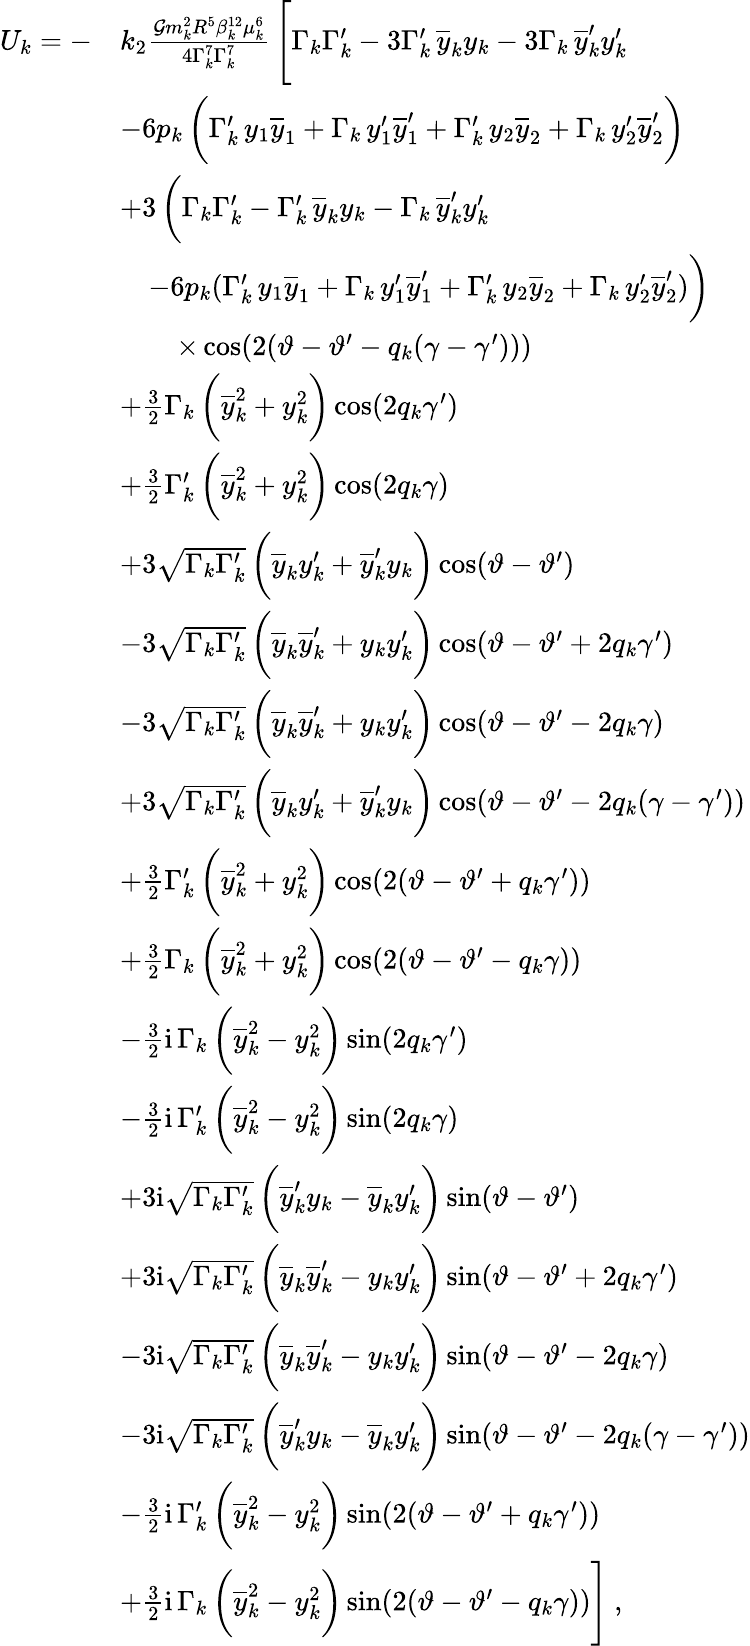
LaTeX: \begin{array}{rl}{U_{k}=-}&{k_{2}\frac{\mathcal{G}m_{k}^{2}R^{5}\beta_{k}^{12}\mu_{k}^{6}}{4\Gamma_{k}^{7}\Gamma_{k}^{7}}\, \Bigg[\Gamma_{k}\Gamma_{k}^{\prime}-3\Gamma_{k}^{\prime}\, \overline{{y}}_{k}y_{k}-3\Gamma_{k}\, \overline{{y}}_{k}^{\prime}y_{k}^{\prime}}\\ &{-6p_{k}\, \bigg(\Gamma_{k}^{\prime}\, y_{1}\overline{{y}}_{1}+\Gamma_{k}\, y_{1}^{\prime}\overline{{y}}_{1}^{\prime}+\Gamma_{k}^{\prime}\, y_{2}\overline{{y}}_{2}+\Gamma_{k}\, y_{2}^{\prime}\overline{{y}}_{2}^{\prime}\bigg)}\\ &{+3\, \bigg(\Gamma_{k}\Gamma_{k}^{\prime}-\Gamma_{k}^{\prime}\, \overline{{y}}_{k}y_{k}-\Gamma_{k}\, \overline{{y}}_{k}^{\prime}y_{k}^{\prime}}\\ &{\quad-6p_{k}(\Gamma_{k}^{\prime}\, y_{1}\overline{{y}}_{1}+\Gamma_{k}\, y_{1}^{\prime}\overline{{y}}_{1}^{\prime}+\Gamma_{k}^{\prime}\, y_{2}\overline{{y}}_{2}+\Gamma_{k}\, y_{2}^{\prime}\overline{{y}}_{2}^{\prime})\bigg)}\\ &{\quad\quad\times\cos(2(\vartheta-\vartheta^{\prime}-q_{k}(\gamma-\gamma^{\prime})))}\\ &{+\frac{3}{2}\Gamma_{k}\, \bigg(\overline{{y}}_{k}^{2}+y_{k}^{2}\bigg)\cos(2q_{k}\gamma^{\prime})}\\ &{+\frac{3}{2}\Gamma_{k}^{\prime}\, \bigg(\overline{{y}}_{k}^{2}+y_{k}^{2}\bigg)\cos(2q_{k}\gamma)}\\ &{+3\sqrt{\Gamma_{k}\Gamma_{k}^{\prime}}\, \bigg(\overline{{y}}_{k}y_{k}^{\prime}+\overline{{y}}_{k}^{\prime}y_{k}\bigg)\cos(\vartheta-\vartheta^{\prime})}\\ &{-3\sqrt{\Gamma_{k}\Gamma_{k}^{\prime}}\, \bigg(\overline{{y}}_{k}\overline{{y}}_{k}^{\prime}+y_{k}y_{k}^{\prime}\bigg)\cos(\vartheta-\vartheta^{\prime}+2q_{k}\gamma^{\prime})}\\ &{-3\sqrt{\Gamma_{k}\Gamma_{k}^{\prime}}\, \bigg(\overline{{y}}_{k}\overline{{y}}_{k}^{\prime}+y_{k}y_{k}^{\prime}\bigg)\cos(\vartheta-\vartheta^{\prime}-2q_{k}\gamma)}\\ &{+3\sqrt{\Gamma_{k}\Gamma_{k}^{\prime}}\, \bigg(\overline{{y}}_{k}y_{k}^{\prime}+\overline{{y}}_{k}^{\prime}y_{k}\bigg)\cos(\vartheta-\vartheta^{\prime}-2q_{k}(\gamma-\gamma^{\prime}))}\\ &{+\frac{3}{2}\Gamma_{k}^{\prime}\, \bigg(\overline{{y}}_{k}^{2}+y_{k}^{2}\bigg)\cos(2(\vartheta-\vartheta^{\prime}+q_{k}\gamma^{\prime}))}\\ &{+\frac{3}{2}\Gamma_{k}\, \bigg(\overline{{y}}_{k}^{2}+y_{k}^{2}\bigg)\cos(2(\vartheta-\vartheta^{\prime}-q_{k}\gamma))}\\ &{-\frac{3}{2}\mathrm{i}\, \Gamma_{k}\, \bigg(\overline{{y}}_{k}^{2}-y_{k}^{2}\bigg)\sin(2q_{k}\gamma^{\prime})}\\ &{-\frac{3}{2}\mathrm{i}\, \Gamma_{k}^{\prime}\, \bigg(\overline{{y}}_{k}^{2}-y_{k}^{2}\bigg)\sin(2q_{k}\gamma)}\\ &{+3\mathrm{i}\sqrt{\Gamma_{k}\Gamma_{k}^{\prime}}\, \bigg(\overline{{y}}_{k}^{\prime}y_{k}-\overline{{y}}_{k}y_{k}^{\prime}\bigg)\sin(\vartheta-\vartheta^{\prime})}\\ &{+3\mathrm{i}\sqrt{\Gamma_{k}\Gamma_{k}^{\prime}}\, \bigg(\overline{{y}}_{k}\overline{{y}}_{k}^{\prime}-y_{k}y_{k}^{\prime}\bigg)\sin(\vartheta-\vartheta^{\prime}+2q_{k}\gamma^{\prime})}\\ &{-3\mathrm{i}\sqrt{\Gamma_{k}\Gamma_{k}^{\prime}}\, \bigg(\overline{{y}}_{k}\overline{{y}}_{k}^{\prime}-y_{k}y_{k}^{\prime}\bigg)\sin(\vartheta-\vartheta^{\prime}-2q_{k}\gamma)}\\ &{-3\mathrm{i}\sqrt{\Gamma_{k}\Gamma_{k}^{\prime}}\, \bigg(\overline{{y}}_{k}^{\prime}y_{k}-\overline{{y}}_{k}y_{k}^{\prime}\bigg)\sin(\vartheta-\vartheta^{\prime}-2q_{k}(\gamma-\gamma^{\prime}))}\\ &{-\frac{3}{2}\mathrm{i}\, \Gamma_{k}^{\prime}\, \bigg(\overline{{y}}_{k}^{2}-y_{k}^{2}\bigg)\sin(2(\vartheta-\vartheta^{\prime}+q_{k}\gamma^{\prime}))}\\ &{+\frac{3}{2}\mathrm{i}\, \Gamma_{k}\, \bigg(\overline{{y}}_{k}^{2}-y_{k}^{2}\bigg)\sin(2(\vartheta-\vartheta^{\prime}-q_{k}\gamma))\Bigg]\ ,}\end{array}